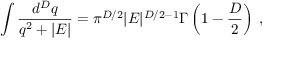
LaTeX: \int \frac { d ^ { { D } } q } { q ^ { 2 } + | E | } = \pi ^ { { D } / 2 } | E | ^ { { D } / 2 - 1 } \Gamma \left( 1 - \frac { D } { 2 } \right) \; ,